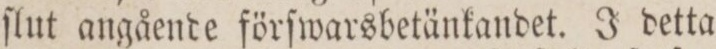
ſlut angående förſwarsbetänkandet. J detta